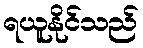
ရယူနိုင်သည်